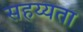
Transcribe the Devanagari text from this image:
सहय्यता